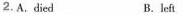
2.A.died B.left